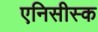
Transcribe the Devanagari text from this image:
एनिसीस्क